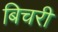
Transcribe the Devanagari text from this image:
बिचरी